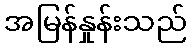
အမြန်နှုန်းသည်